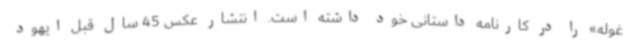
غوله» را در کارنامه داستانی خود داشته است. انتشار عکس 45 سال قبل ایهود